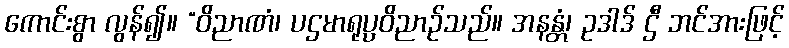
ကောင်းစွာ လွန်၍။ “ဝိညာဏံ၊ ပဌမာရုပ္ပဝိညာဉ်သည်။ အနန္တံ၊ ဥဒါဒ် ဌီ ဘင်အားဖြင့်